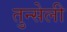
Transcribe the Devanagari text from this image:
तुन्सेली